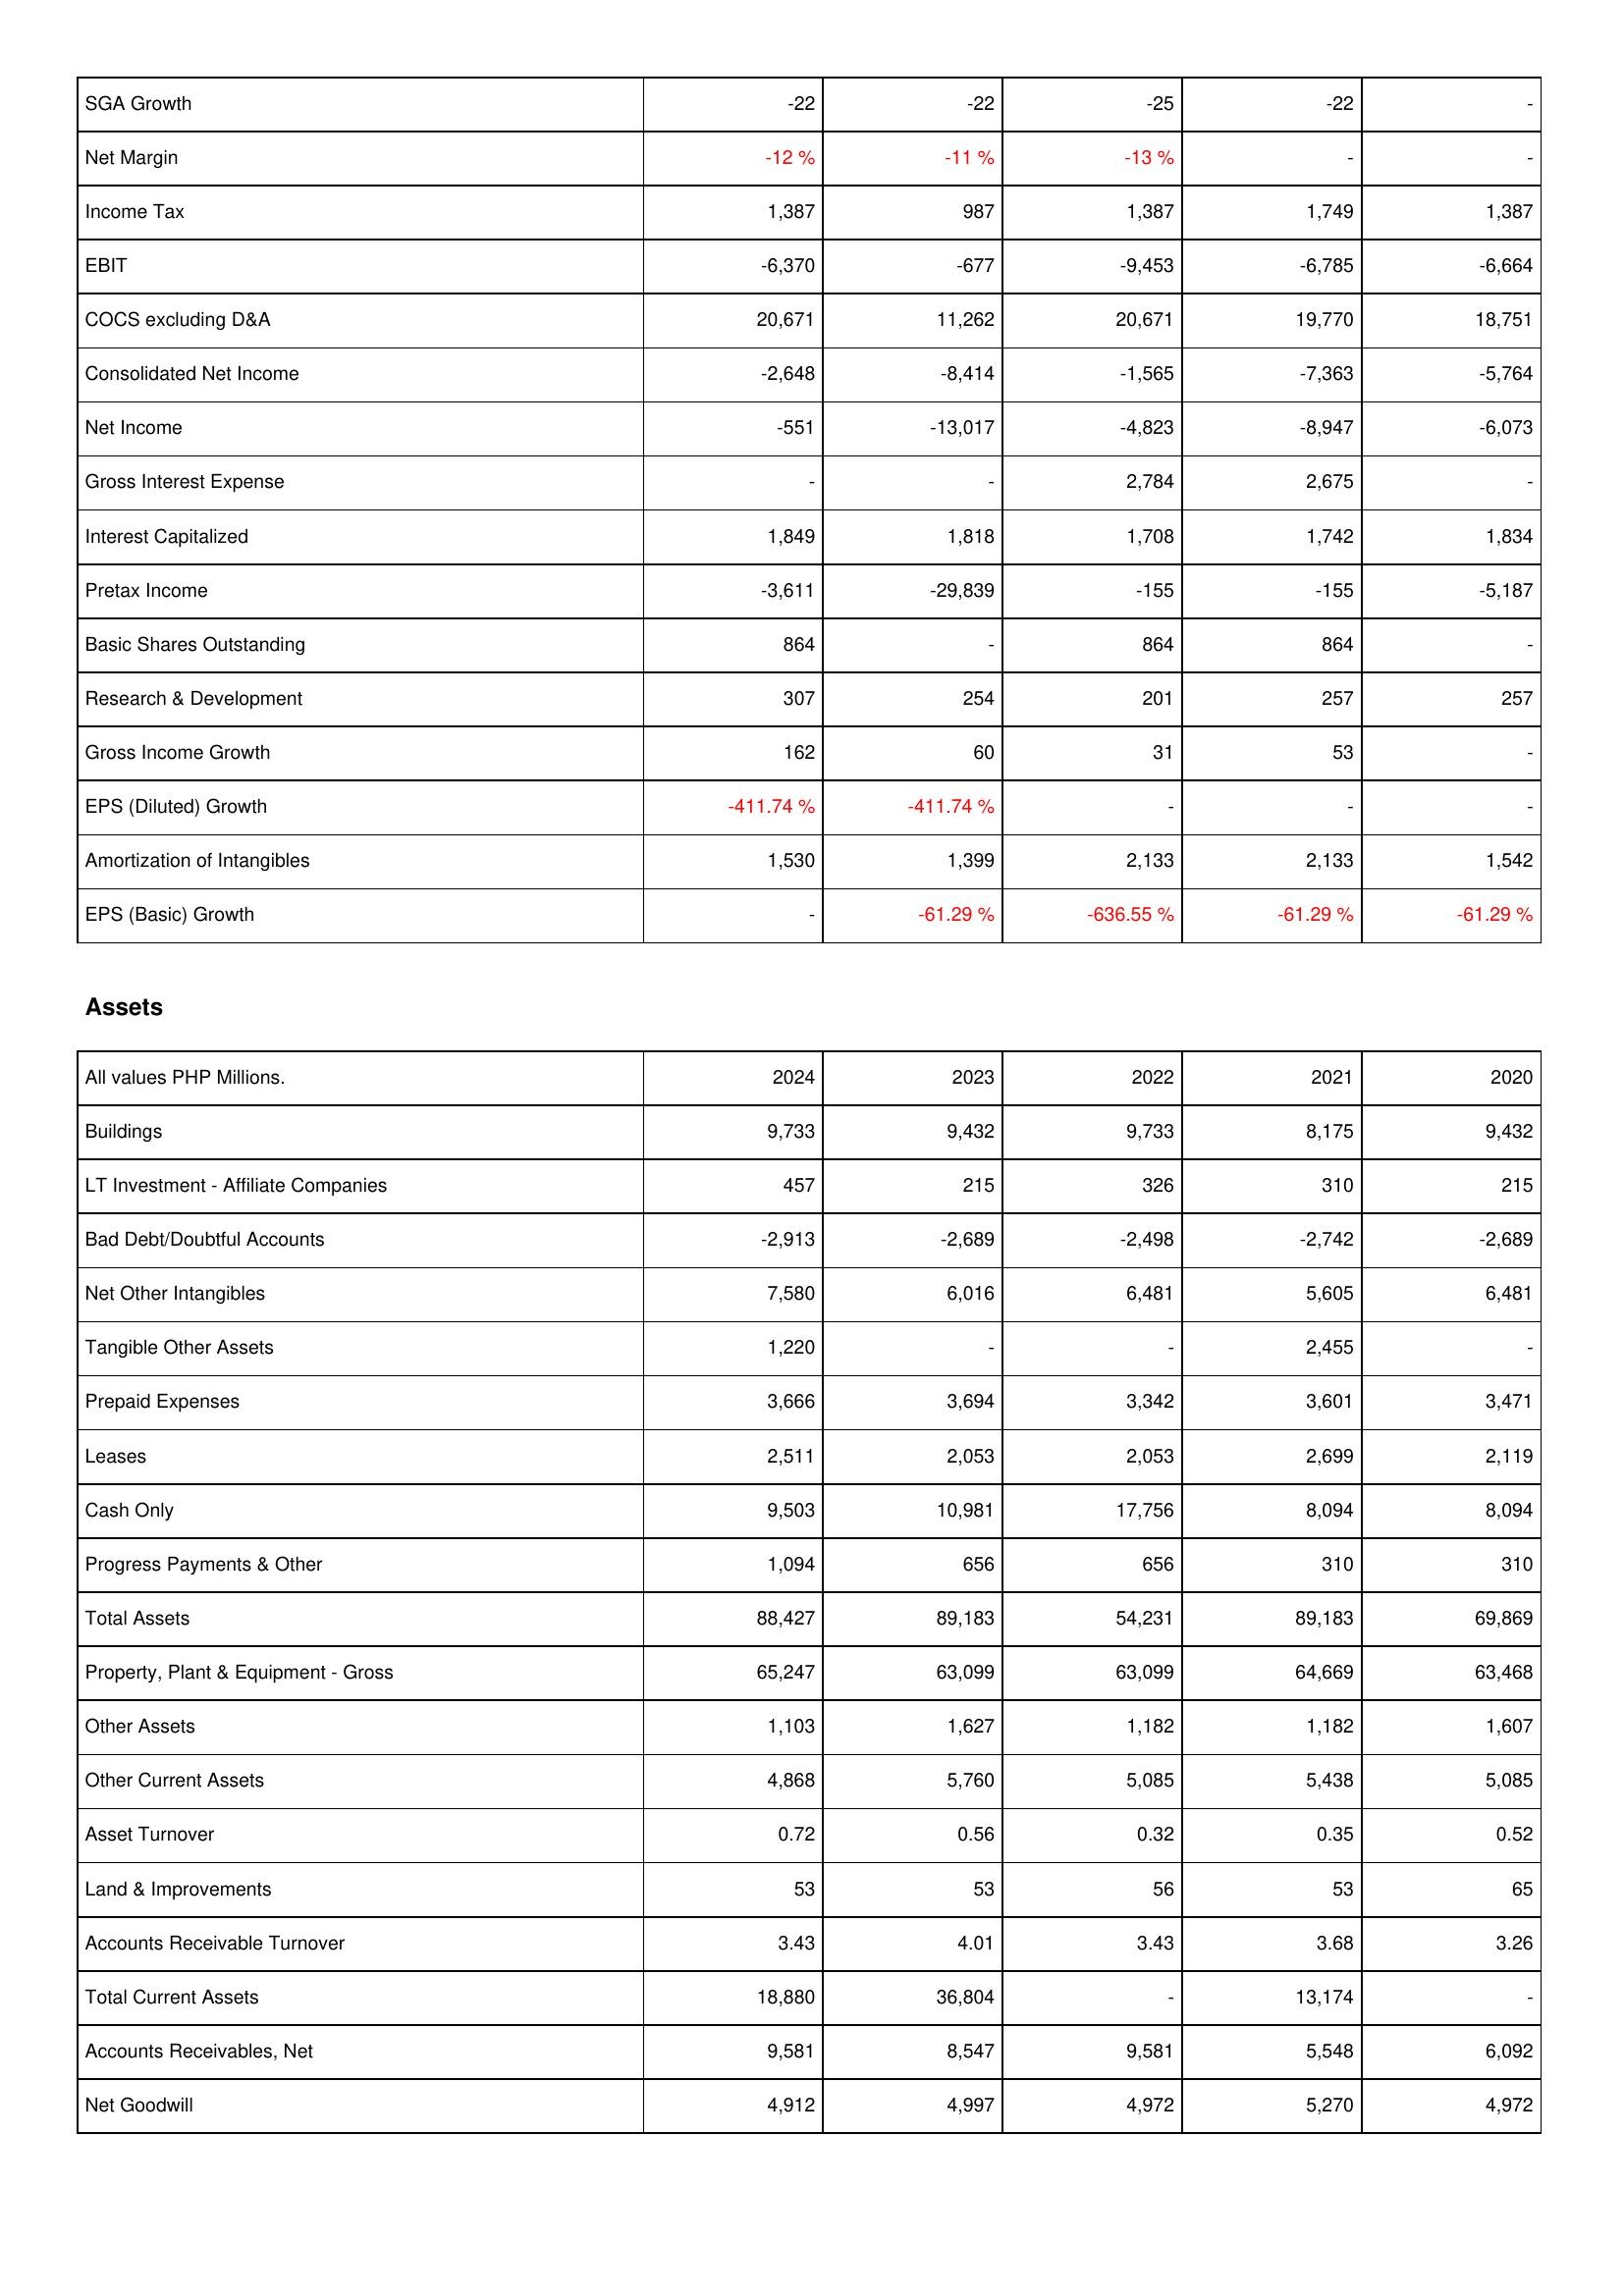
2024: Income Statement: SGA Growth: -22
Net Margin: -12 %
Income Tax: 1,387
EBIT: -6,370
COCS excluding D&A: 20,671
Consolidated Net Income: -2,648
Net Income: -551
Gross Interest Expense: -
Interest Capitalized: 1,849
Pretax Income: -3,611
Basic Shares Outstanding: 864
Research & Development: 307
Gross Income Growth: 162
EPS (Diluted) Growth: -411.74 %
Amortization of Intangibles: 1,530
EPS (Basic) Growth: -
Assets: Buildings: 9,733
LT Investment - Affiliate Companies: 457
Bad Debt/Doubtful Accounts: -2,913
Net Other Intangibles: 7,580
Tangible Other Assets: 1,220
Prepaid Expenses: 3,666
Leases: 2,511
Cash Only: 9,503
Progress Payments & Other: 1,094
Total Assets: 88,427
Property, Plant & Equipment - Gross: 65,247
Other Assets: 1,103
Other Current Assets: 4,868
Asset Turnover: 0.72
Land & Improvements: 53
Accounts Receivable Turnover: 3.43
Total Current Assets: 18,880
Accounts Receivables, Net: 9,581
Net Goodwill: 4,912
2023: Income Statement: SGA Growth: -22
Net Margin: -11 %
Income Tax: 987
EBIT: -677
COCS excluding D&A: 11,262
Consolidated Net Income: -8,414
Net Income: -13,017
Gross Interest Expense: -
Interest Capitalized: 1,818
Pretax Income: -29,839
Basic Shares Outstanding: -
Research & Development: 254
Gross Income Growth: 60
EPS (Diluted) Growth: -411.74 %
Amortization of Intangibles: 1,399
EPS (Basic) Growth: -61.29 %
Assets: Buildings: 9,432
LT Investment - Affiliate Companies: 215
Bad Debt/Doubtful Accounts: -2,689
Net Other Intangibles: 6,016
Tangible Other Assets: -
Prepaid Expenses: 3,694
Leases: 2,053
Cash Only: 10,981
Progress Payments & Other: 656
Total Assets: 89,183
Property, Plant & Equipment - Gross: 63,099
Other Assets: 1,627
Other Current Assets: 5,760
Asset Turnover: 0.56
Land & Improvements: 53
Accounts Receivable Turnover: 4.01
Total Current Assets: 36,804
Accounts Receivables, Net: 8,547
Net Goodwill: 4,997
2022: Income Statement: SGA Growth: -25
Net Margin: -13 %
Income Tax: 1,387
EBIT: -9,453
COCS excluding D&A: 20,671
Consolidated Net Income: -1,565
Net Income: -4,823
Gross Interest Expense: 2,784
Interest Capitalized: 1,708
Pretax Income: -155
Basic Shares Outstanding: 864
Research & Development: 201
Gross Income Growth: 31
EPS (Diluted) Growth: -
Amortization of Intangibles: 2,133
EPS (Basic) Growth: -636.55 %
Assets: Buildings: 9,733
LT Investment - Affiliate Companies: 326
Bad Debt/Doubtful Accounts: -2,498
Net Other Intangibles: 6,481
Tangible Other Assets: -
Prepaid Expenses: 3,342
Leases: 2,053
Cash Only: 17,756
Progress Payments & Other: 656
Total Assets: 54,231
Property, Plant & Equipment - Gross: 63,099
Other Assets: 1,182
Other Current Assets: 5,085
Asset Turnover: 0.32
Land & Improvements: 56
Accounts Receivable Turnover: 3.43
Total Current Assets: -
Accounts Receivables, Net: 9,581
Net Goodwill: 4,972
2021: Income Statement: SGA Growth: -22
Net Margin: -
Income Tax: 1,749
EBIT: -6,785
COCS excluding D&A: 19,770
Consolidated Net Income: -7,363
Net Income: -8,947
Gross Interest Expense: 2,675
Interest Capitalized: 1,742
Pretax Income: -155
Basic Shares Outstanding: 864
Research & Development: 257
Gross Income Growth: 53
EPS (Diluted) Growth: -
Amortization of Intangibles: 2,133
EPS (Basic) Growth: -61.29 %
Assets: Buildings: 8,175
LT Investment - Affiliate Companies: 310
Bad Debt/Doubtful Accounts: -2,742
Net Other Intangibles: 5,605
Tangible Other Assets: 2,455
Prepaid Expenses: 3,601
Leases: 2,699
Cash Only: 8,094
Progress Payments & Other: 310
Total Assets: 89,183
Property, Plant & Equipment - Gross: 64,669
Other Assets: 1,182
Other Current Assets: 5,438
Asset Turnover: 0.35
Land & Improvements: 53
Accounts Receivable Turnover: 3.68
Total Current Assets: 13,174
Accounts Receivables, Net: 5,548
Net Goodwill: 5,270
2020: Income Statement: SGA Growth: -
Net Margin: -
Income Tax: 1,387
EBIT: -6,664
COCS excluding D&A: 18,751
Consolidated Net Income: -5,764
Net Income: -6,073
Gross Interest Expense: -
Interest Capitalized: 1,834
Pretax Income: -5,187
Basic Shares Outstanding: -
Research & Development: 257
Gross Income Growth: -
EPS (Diluted) Growth: -
Amortization of Intangibles: 1,542
EPS (Basic) Growth: -61.29 %
Assets: Buildings: 9,432
LT Investment - Affiliate Companies: 215
Bad Debt/Doubtful Accounts: -2,689
Net Other Intangibles: 6,481
Tangible Other Assets: -
Prepaid Expenses: 3,471
Leases: 2,119
Cash Only: 8,094
Progress Payments & Other: 310
Total Assets: 69,869
Property, Plant & Equipment - Gross: 63,468
Other Assets: 1,607
Other Current Assets: 5,085
Asset Turnover: 0.52
Land & Improvements: 65
Accounts Receivable Turnover: 3.26
Total Current Assets: -
Accounts Receivables, Net: 6,092
Net Goodwill: 4,972